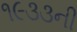
૧૯૩૩ની